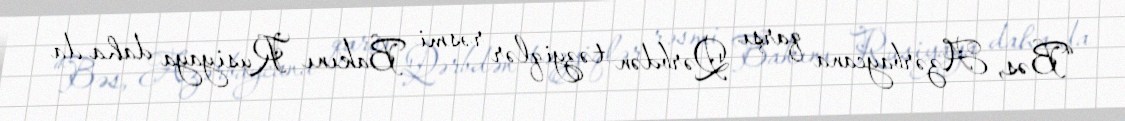
“Bəs, Azərbaycana qarşı Qərbdən təzyiqlər rəsmi Bakını Rusiyaya daha da